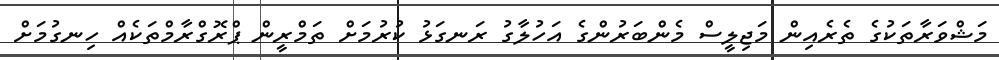
މަޝްވަރާތަކުގެ ތެރެއިން މަޖިލީސް މެންބަރުންގެ އަހުލާގު ރަނގަޅު ކުރުމަށް ތަމްރީން ޕްރޮގްރާމްތަކެއް ހިނގުމަށް